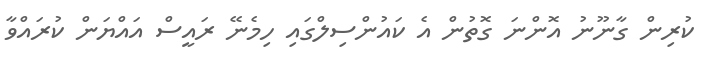
ކުރިން ގާނޫނު އޮންނަ ގޮތުން އެ ކައުންސިލްގައި ހިމެނޭ ރައީސް އައްޔަން ކުރައްވާ